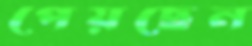
পেয়ছেন